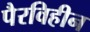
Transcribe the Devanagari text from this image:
पैरविहीन